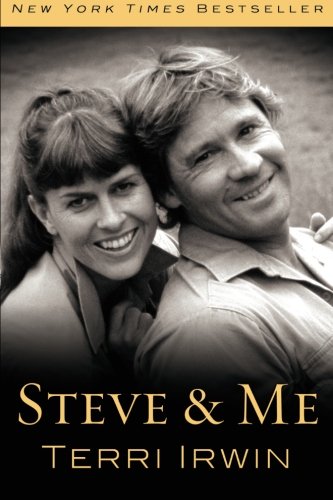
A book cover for Steve & Me; Terri Irwin; Science & Math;